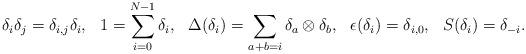
LaTeX: \begin{align*}\delta_i\delta_j&=\delta_{i,j}\delta_i,& 1&=\sum_{i=0}^{N-1}\delta_i, &\Delta(\delta_i)&=\sum_{a+b=i}\delta_a\otimes \delta_b, &\epsilon(\delta_i)&=\delta_{i,0},& S(\delta_i)=\delta_{-i}.\end{align*}